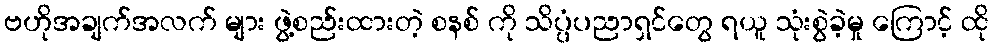
ဗဟိုအချက်အလက် များ ဖွဲ့စည်းထားတဲ့ စနစ် ကို သိပ္ပံပညာရှင်တွေ ရယူ သုံးစွဲခဲ့မှု ကြောင့် ထို